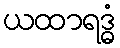
ယထာရဒ္ဓံ